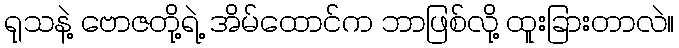
ရုသနဲ့ ဗောဇတို့ရဲ့ အိမ်ထောင်က ဘာဖြစ်လို့ ထူးခြားတာလဲ။